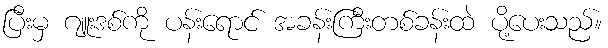
ပြီးမှ ဂျူးဒစ်ကို ပန်းရောင် အခန်းကြီးတစ်ခန်းထဲ ပို့ပေးသည်။